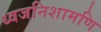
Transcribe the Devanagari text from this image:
ध्वजनिशामणि